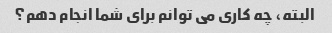
البته، چه کاری می توانم برای شما انجام دهم؟